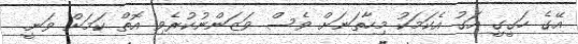
އޭގެ ހަގީގީ އަގު އެކަމަކު މިހާތަނަށް ވެސް ވަޒަންނުކުރެވި އޮތް ކަމަށް ވަނީ.